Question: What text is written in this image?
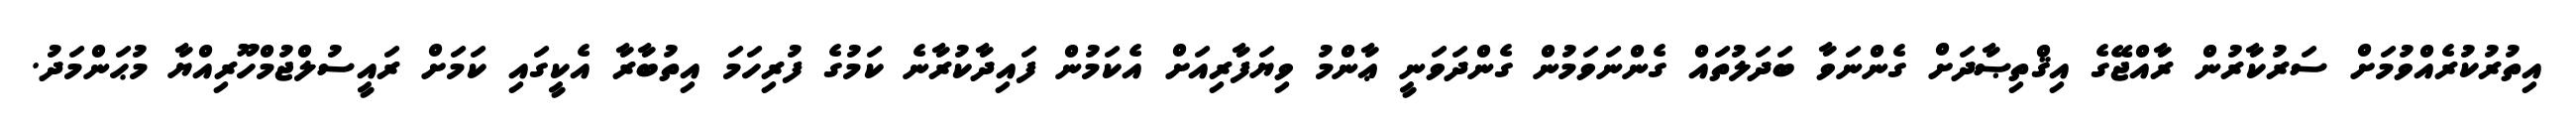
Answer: އިތުރުކުރެއްވުމަށް ސަރުކާރުން ރާއްޖޭގެ އިޤްތިޞާދަށް ގެންނަވާ ބަދަލުތައް ގެންނަވަމުން ގެންދަވަނީ ޢާންމު ވިޔަފާރިއަށް އެކަމުން ފައިދާކުރާނެ ކަމުގެ ފުރިހަމަ އިތުބާރާ އެކީގައި ކަމަށް ރައީސުލްޖުމްހޫރިއްޔާ މުޙަންމަދު.